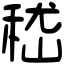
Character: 嵇